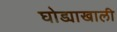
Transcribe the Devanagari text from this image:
घोड्याखाली